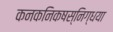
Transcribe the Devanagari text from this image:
कनकनिकषस्निग्धया